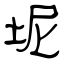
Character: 坭